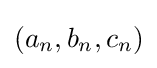
(a_{n},b_{n},c_{n})